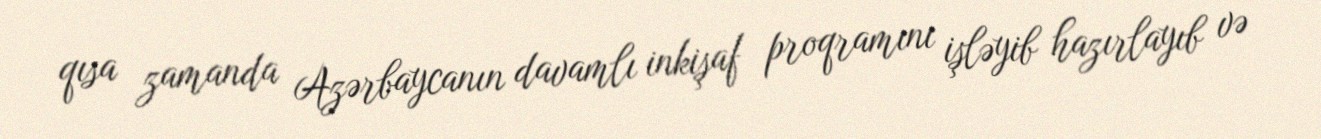
qısa zamanda Azərbaycanın davamlı inkişaf proqramını işləyib hazırlayıb və